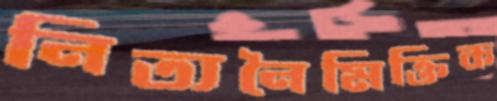
নিত্যনৈমিক্তিক